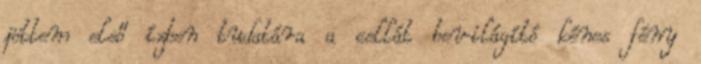
jöttem első ízben tudatára a cellát bevilágító kénes fény